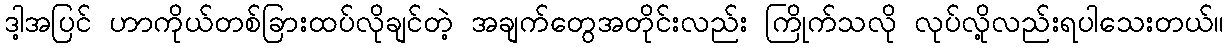
ဒါ့အပြင် ဟာကိုယ်တစ်ခြားထပ်လိုချင်တဲ့ အချက်တွေအတိုင်းလည်း ကြိုက်သလို လုပ်လို့လည်းရပါသေးတယ်။